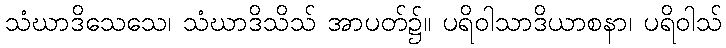
သံဃာဒိသေသေ၊ သံဃာဒိသိသ် အာပတ်၌။ ပရိဝါသာဒိယာစနာ၊ ပရိဝါသ်